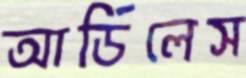
আর্ডিলেস